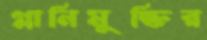
গ্লানিমুক্তির